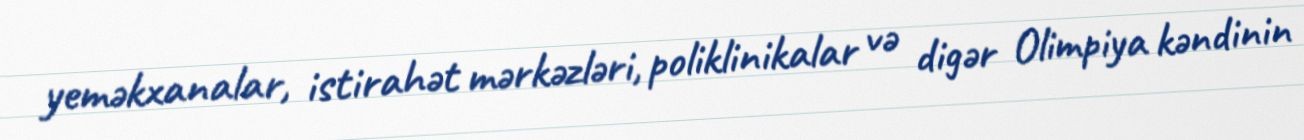
yeməkxanalar, istirahət mərkəzləri, poliklinikalar və digər Olimpiya kəndinin